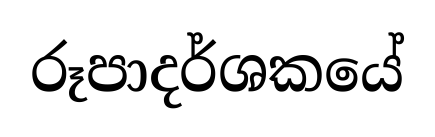
රූපාදර්ශකයේ